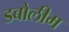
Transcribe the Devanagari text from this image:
डबोलीम